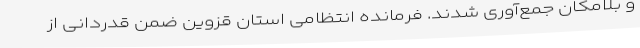
و بلامکان جمع‌آوری شدند. فرمانده انتظامی استان قزوین ضمن قدردانی از